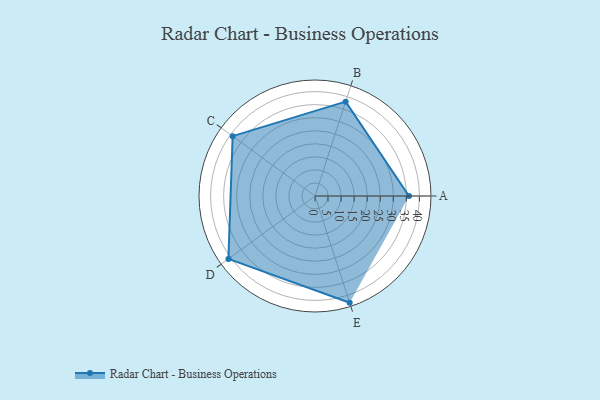
{"axis": {"x": "Skill", "y": "Score"}, "legend": ["Profile"], "data": [{"x": "A", "y": 36.0, "type": "Profile"}, {"x": "B", "y": 38.0, "type": "Profile"}, {"x": "C", "y": 39.0, "type": "Profile"}, {"x": "D", "y": 41.0, "type": "Profile"}, {"x": "E", "y": 43.0, "type": "Profile"}]}